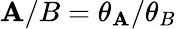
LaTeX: \mathbf{A}/B=\theta_{\mathbf{A}}/\theta_{B}